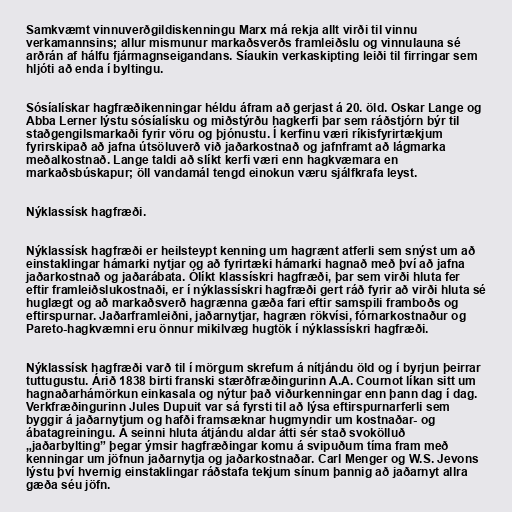
Samkvæmt vinnuverðgildiskenningu Marx má rekja allt virði til vinnu
verkamannsins; allur mismunur markaðsverðs framleiðslu og vinnulauna sé
arðrán af hálfu fjármagnseigandans. Síaukin verkaskipting leiði til firringar sem
hljóti að enda í byltingu.

Sósíalískar hagfræðikenningar héldu áfram að gerjast á 20. öld. Oskar Lange og
Abba Lerner lýstu sósíalísku og miðstýrðu hagkerfi þar sem ráðstjórn býr til
staðgengilsmarkaði fyrir vöru og þjónustu. Í kerfinu væri ríkisfyrirtækjum
fyrirskipað að jafna útsöluverð við jaðarkostnað og jafnframt að lágmarka
meðalkostnað. Lange taldi að slíkt kerfi væri enn hagkvæmara en
markaðsbúskapur; öll vandamál tengd einokun væru sjálfkrafa leyst.

Nýklassísk hagfræði.

Nýklassísk hagfræði er heilsteypt kenning um hagrænt atferli sem snýst um að
einstaklingar hámarki nytjar og að fyrirtæki hámarki hagnað með því að jafna
jaðarkostnað og jaðarábata. Ólíkt klassískri hagfræði, þar sem virði hluta fer
eftir framleiðslukostnaði, er í nýklassískri hagfræði gert ráð fyrir að virði hluta sé
huglægt og að markaðsverð hagrænna gæða fari eftir samspili framboðs og
eftirspurnar. Jaðarframleiðni, jaðarnytjar, hagræn rökvísi, fórnarkostnaður og
Pareto-hagkvæmni eru önnur mikilvæg hugtök í nýklassískri hagfræði.

Nýklassísk hagfræði varð til í mörgum skrefum á nítjándu öld og í byrjun þeirrar
tuttugustu. Árið 1838 birti franski stærðfræðingurinn A.A. Cournot líkan sitt um
hagnaðarhámörkun einkasala og nýtur það viðurkenningar enn þann dag í dag.
Verkfræðingurinn Jules Dupuit var sá fyrsti til að lýsa eftirspurnarferli sem
byggir á jaðarnytjum og hafði framsæknar hugmyndir um kostnaðar- og
ábatagreiningu. Á seinni hluta átjándu aldar átti sér stað svokölluð
„jaðarbylting” þegar ýmsir hagfræðingar komu á svipuðum tíma fram með
kenningar um jöfnun jaðarnytja og jaðarkostnaðar. Carl Menger og W.S. Jevons
lýstu því hvernig einstaklingar ráðstafa tekjum sínum þannig að jaðarnyt allra
gæða séu jöfn.